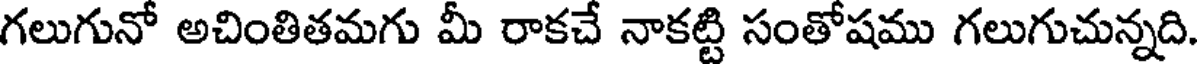
గలుగునో అచింతితమగు మీ రాకచే నాకట్టి సంతోషము గలుగుచున్నది